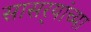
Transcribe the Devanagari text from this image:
सासर्‍यांच्या